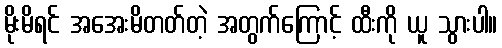
မိုးမိရင် အအေးမိတတ်တဲ့ အတွက်ကြောင့် ထီးကို ယူ သွားပါ။